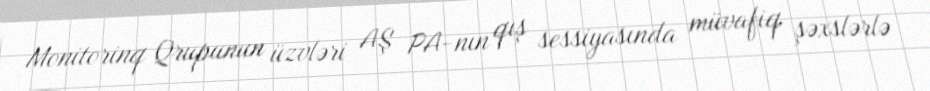
Monitorinq Qrupunun üzvləri AŞ PA-nın qış sessiyasında müvafiq şəxslərlə